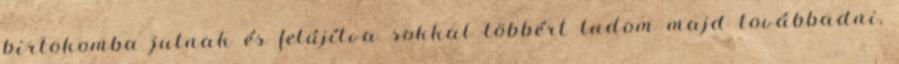
birtokomba jutnak és felújítva sokkal többért tudom majd továbbadni,